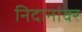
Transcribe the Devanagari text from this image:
निदानांवर